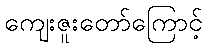
ကျေးဇူးတော်ကြောင့်